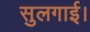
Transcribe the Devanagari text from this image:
सुलगाई।